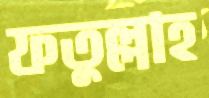
ফতুল্লাহ